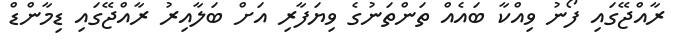
ރާއްޖޭގައި ފޯނު ވިއްކާ ބައެއް ތަންތަނުގެ ވިޔަފާރި އަށް ބަލާއިރު ރާއްޖޭގައި ޑިމާންޑް